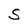
Character: S